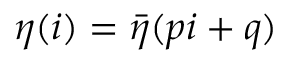
\eta ( i ) = \bar { \eta } ( p i + q )